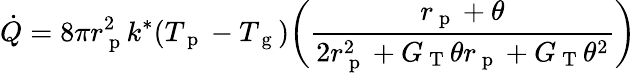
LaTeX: \dot{Q}=8\pi r_{\mathrm{~p~}}^{2}k^{*}(T_{\mathrm{~p~}}-T_{\mathrm{~g~}})\bigg(\frac{r_{\mathrm{~p~}}+\theta}{2r_{\mathrm{~p~}}^{2}+G_{\mathrm{~T~}}\theta r_{\mathrm{~p~}}+G_{\mathrm{~T~}}\theta^{2}}\bigg)